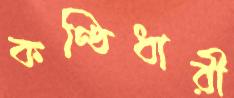
কণ্ঠিধারী